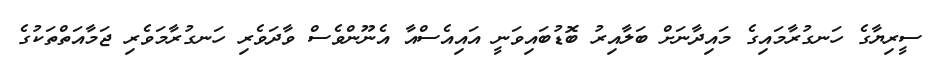
ސީރިޔާގެ ހަނގުރާމައިގެ މައިދާނަށް ބަލާއިރު ބޮޑުބައިވަނީ އައިއެސްއާ އެނޫންވެސް ވާދަވެރި ހަނގުރާމަވެރި ޖަމާއަތްތަކުގެ